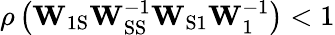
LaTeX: \rho\left(\mathbf{W}_{\mathrm{1S}}\mathbf{W}_{\mathrm{SS}}^{-1}\mathbf{W}_{\mathrm{S1}}\mathbf{W}_{1}^{-1}\right)<1